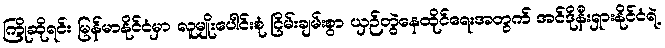
ကြိုဆိုရင်း မြန်မာနိုင်ငံမှာ လူမျိုးပေါင်းစုံ ငြိမ်းချမ်းစွာ ယှဉ်တွဲနေထိုင်ရေးအတွက် အင်ဒိုနီးရှားနိုင်ငံရဲ့